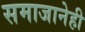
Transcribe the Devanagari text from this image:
समाजानेही